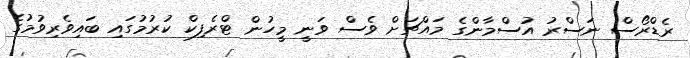
ރެޑްރޯސް ނަސްރު އުސްމާންގެ މައްޗަށް ވެސް ވަނީ މީހުން ޓްރެފިކް ކުރުމުގައި ބައިވެރިވުމުގެ